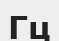
Гц